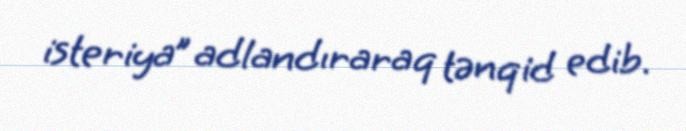
isteriya” adlandıraraq tənqid edib.